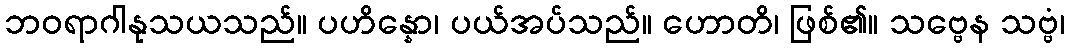
ဘဝရာဂါနုသယသည်။ ပဟိန္နော၊ ပယ်အပ်သည်။ ဟောတိ၊ ဖြစ်၏။ သဗ္ဗေန သဗ္ဗံ၊